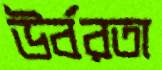
উর্বরতা